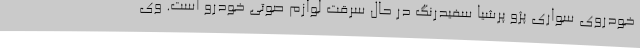
خودروی سواری پژو پرشیا سفیدرنگ در حال سرقت لوازم صوتی خودرو است. وی